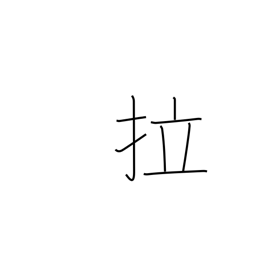
Meaning: Latin